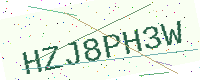
Text: HZJ8PH3W